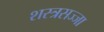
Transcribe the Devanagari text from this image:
शस्त्रसज्जा